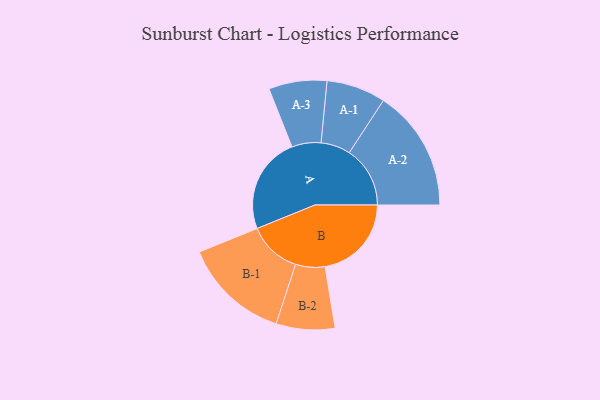
{"axis": {"x": "Segment", "y": "Value"}, "legend": ["", "A", "B"], "data": [{"x": "A", "y": 360, "type": ""}, {"x": "B", "y": 321, "type": ""}, {"x": "A-1", "y": 110, "type": "A"}, {"x": "A-2", "y": 226, "type": "A"}, {"x": "A-3", "y": 108, "type": "A"}, {"x": "B-1", "y": 198, "type": "B"}, {"x": "B-2", "y": 109, "type": "B"}]}